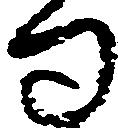
句